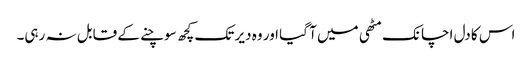
اس کا دل اچانک مٹھی میں آ گیا اور وہ دیر تک کچھ سوچنے کے قابل نہ رہی۔